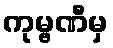
ကုမ္ဗဏီမှ